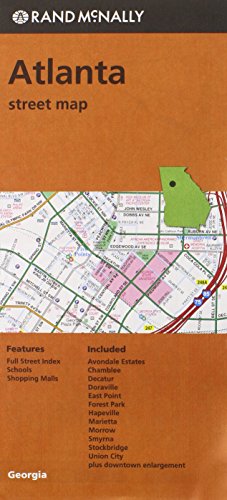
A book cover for Rand McNally Atlanta Street Map; Travel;